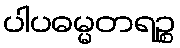
ပါပဓမ္မတရဉ္စ